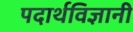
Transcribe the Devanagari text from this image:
पदार्थविज्ञानी